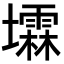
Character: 𪤰